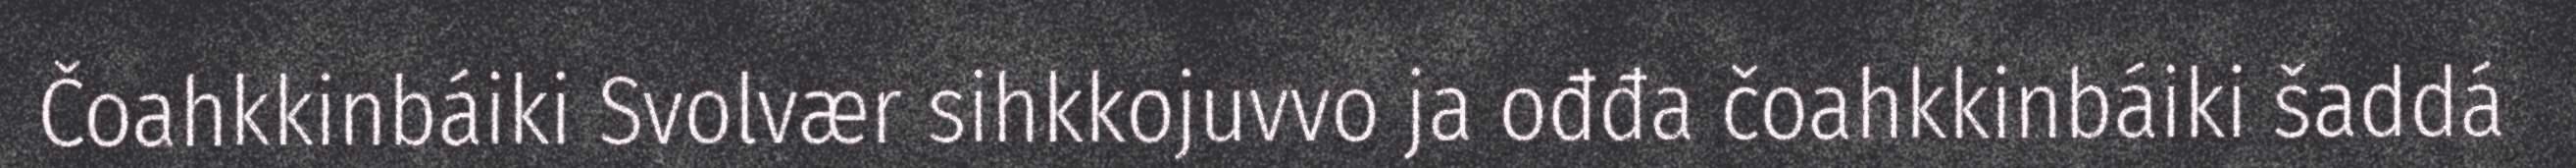
Čoahkkinbáiki Svolvær sihkkojuvvo ja ođđa čoahkkinbáiki šaddá